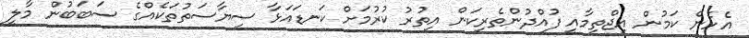
އެހެން ކަމުން އިޖްތިމާއީ ފުއްދުންތެރިކަން އިތުރު ކުރުމަށް ކަނޑައަޅާ ސިޔާސަތުތަކެއްގެ ސަބަބުން މާލީ